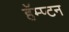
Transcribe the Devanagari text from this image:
हॅम्प्टन